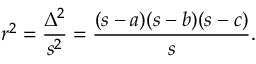
r ^ { 2 } = { \frac { \Delta ^ { 2 } } { s ^ { 2 } } } = { \frac { ( s - a ) ( s - b ) ( s - c ) } { s } } .